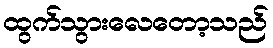
ထွက်သွားလေတော့သည်